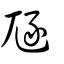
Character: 豗